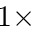
1 \times